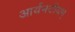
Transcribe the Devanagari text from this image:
आर्यभटीयम्‌